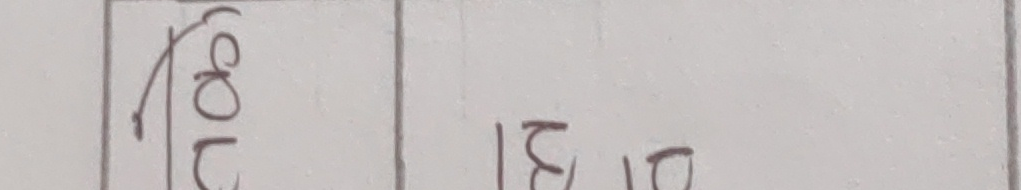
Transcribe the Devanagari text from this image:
गोप डि१०